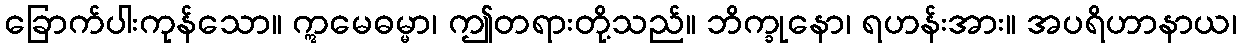
ခြောက်ပါးကုန်သော။ ဣမေဓမ္မာ၊ ဤတရားတို့သည်။ ဘိက္ခုနော၊ ရဟန်းအား။ အပရိဟာနာယ၊